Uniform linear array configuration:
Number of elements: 64
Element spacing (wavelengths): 0.25
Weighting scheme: hamming
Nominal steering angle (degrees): -15
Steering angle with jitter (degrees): -14.656
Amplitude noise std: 0.05
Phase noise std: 0.05

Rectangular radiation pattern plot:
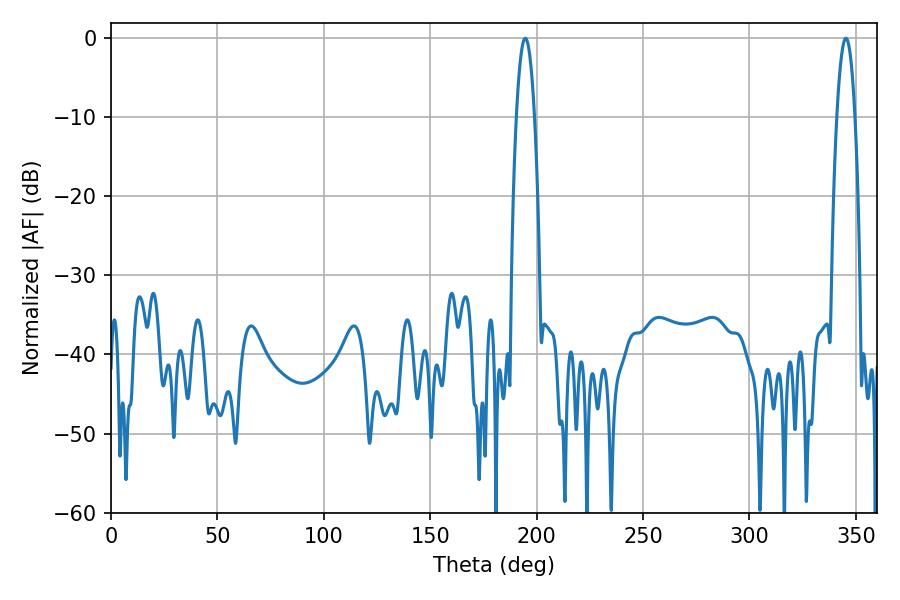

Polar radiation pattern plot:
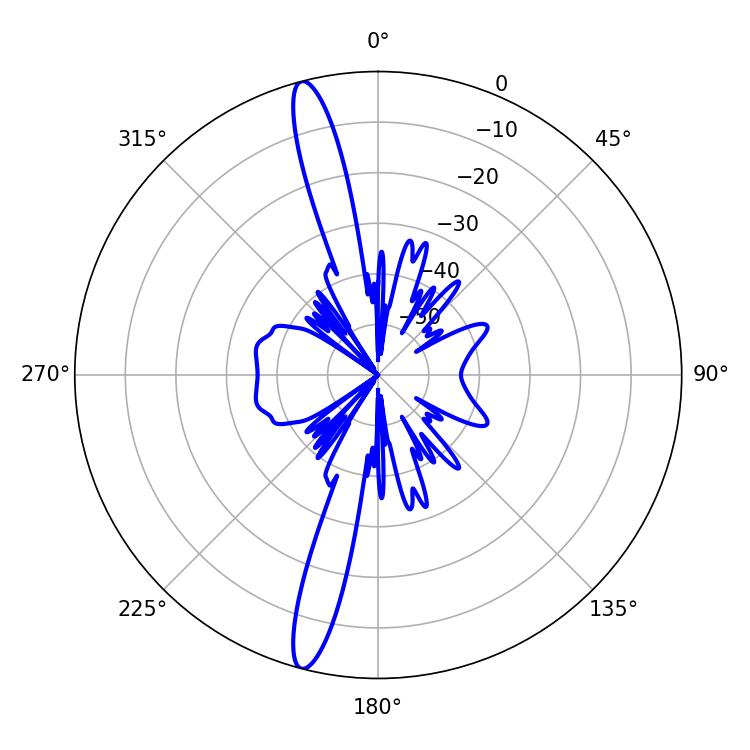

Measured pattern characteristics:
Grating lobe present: FALSE
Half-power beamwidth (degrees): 4.68
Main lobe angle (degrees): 194.58